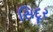
સિદૂર